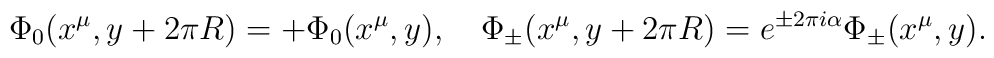
\Phi_0(x^{\mu},y+2\pi R) = +\Phi_0(x^{\mu},y),\quad\Phi_{\pm}(x^{\mu},y+2\pi R)= e^{\pm 2\pi i\alpha}\Phi_{\pm}(x^{\mu},y).